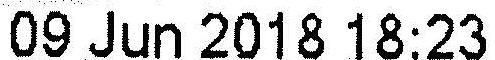
09 JUN 2018 18:23